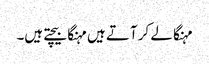
مہنگا لے کر آتے ہیں مہنگا بیچتے ہیں۔